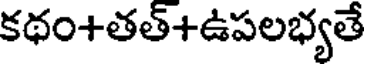
కథం+తత్+ఉపలభ్యతే